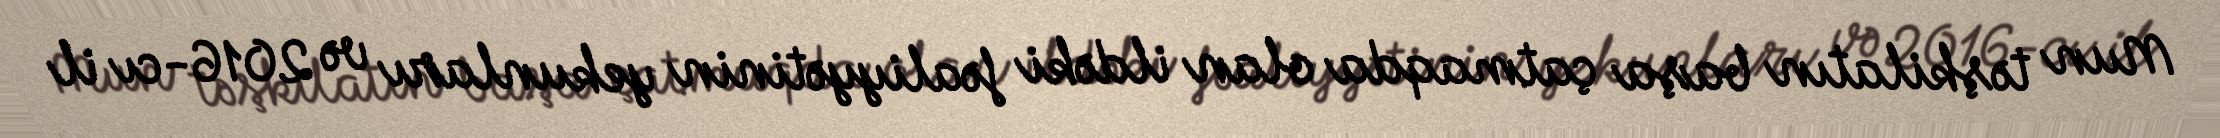
Mun təşkilatın başa çatmaqda olan ildəki fəaliyyətinin yekunları və 2016-cı il